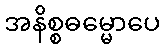
အနိစ္စဓမ္မောပေ